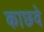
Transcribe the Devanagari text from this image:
काछवे